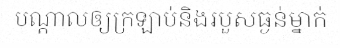
បណ្តាលឲ្យក្រឡាប់និងរបួសធ្ងន់ម្នាក់